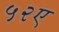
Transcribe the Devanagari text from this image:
५२ए